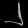
Digit: ၂